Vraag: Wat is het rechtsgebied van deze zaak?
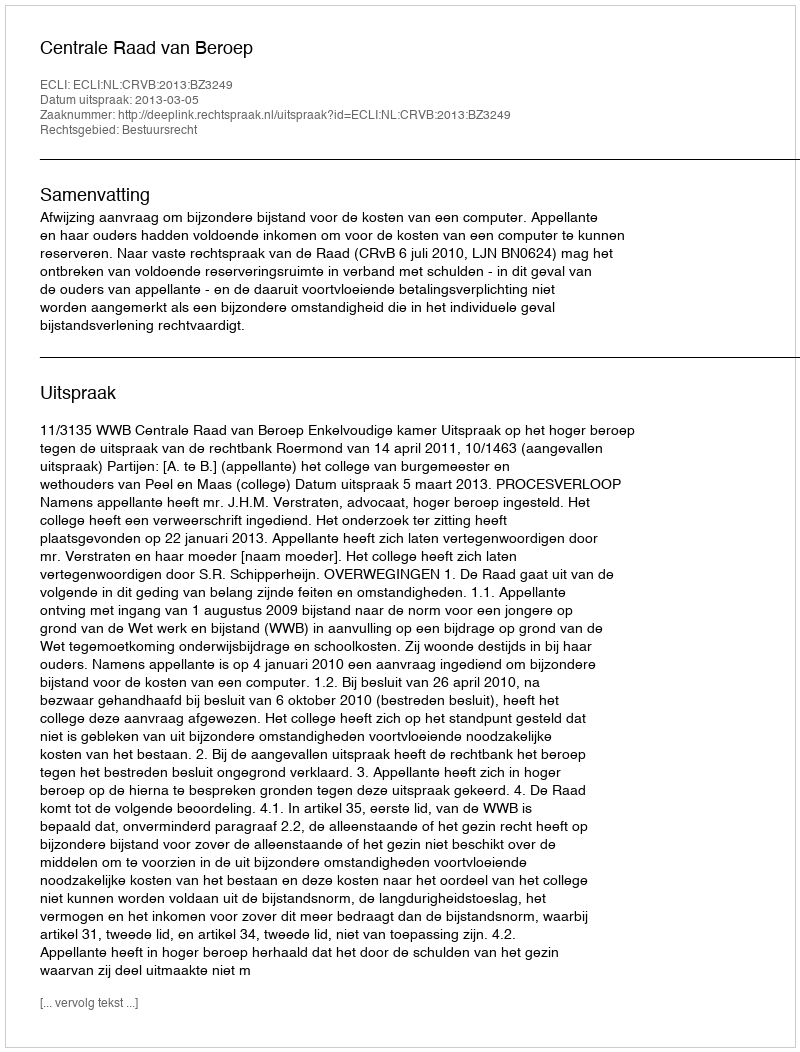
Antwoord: Bestuursrecht